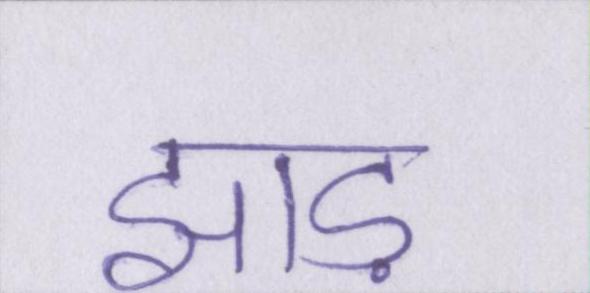
झाड़